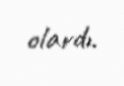
olardı.